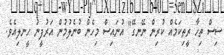
ސިސް ތިހާ ރީތިކަމެއް ކުރިން ނޭނގޭ" އުނައިސް މިހެން ބުނެލުމުން އަރުފީނު ހީނލިއެވެ.